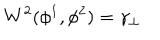
W ^ { 2 } ( \phi ^ { 1 } , \phi ^ { 2 } ) = \gamma _ { \perp }